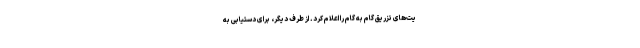
یت‌های تزریق گام به گام را اعلام کرد. از طرف دیگر، برای دستیابی به